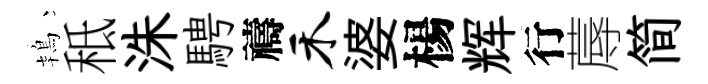
鴇秪洙騁禱禾婆楊辉行蓐简